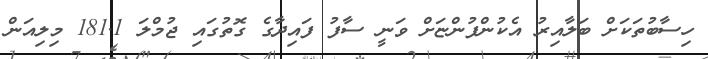
ހިސާބުތަކަށް ބަލާއިރު އެކުންފުންޏަށް ވަނީ ސާފު ފައިދާގެ ގޮތުގައި ޖުމްލަ 181.1 މިލިއަން